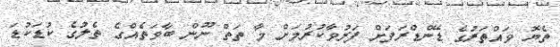
ތެޔޮ ވައްތަރުގެ ޑޭންޑްރަފަށް ފަރުވާކުރުމަށް މާ ތަތް ނޫން ބާވަތެއްގެ ތެލުގެ ކުޑަކުޑަ